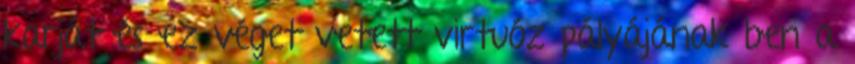
karját és ez véget vetett virtuóz pályájának ben a